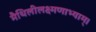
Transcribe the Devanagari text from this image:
मैथिलीलक्ष्मणाभ्याम्।